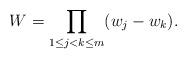
LaTeX: \begin{gather*} W=\prod_{1\le j<k\le m}(w_{j}-w_{k}).\end{gather*}